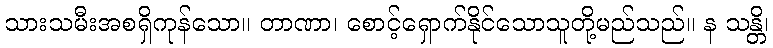
သားသမီးအစရှိကုန်သော။ တာဏာ၊ စောင့်ရှောက်နိုင်သောသူတို့မည်သည်။ န သန္တိ၊